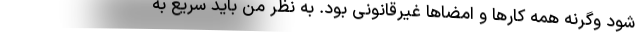
شود وگرنه همه کارها و امضاها غیرقانونی بود. به نظر من باید سریع به